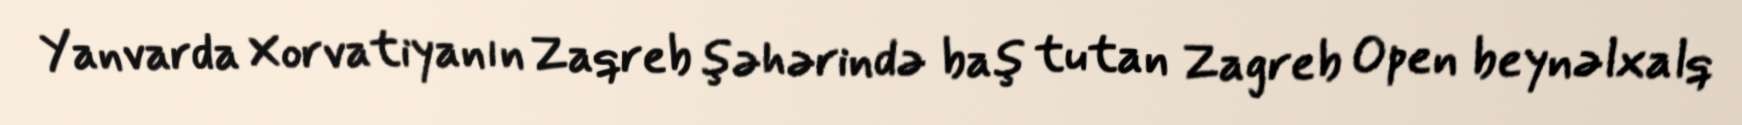
Yanvarda Xorvatiyanın Zaqreb şəhərində baş tutan Zagreb Open beynəlxalq